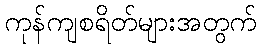
ကုန်ကျစရိတ်များအတွက်